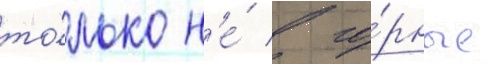
то́лько н'е́ в го́рные